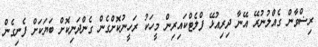
ރިޟްވާން ގެއްލުނުރޭ އޭނާ ދިރިއުޅޭ ފްލެޓްކައިރިން މީހަކު ރަހީނުކޮށްގެން ގެންދަނިކޮށް ބަޔަކަށް ފެނިގެން